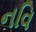
નવિ